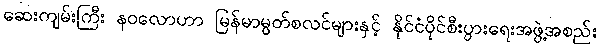
ဆေးကျမ်းကြီး နဝလောဟာ မြန်မာမွတ်စလင်များနှင့် နိုင်ငံပိုင်စီးပွားရေးအဖွဲ့အစည်း